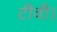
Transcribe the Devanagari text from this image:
टीवी।